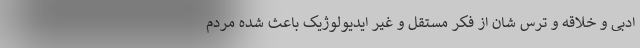
ادبی و خلاقه و ترس شان از فکر مستقل و غیر ایدیولوژیک باعث شده مردم